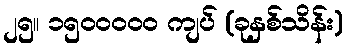
၂၅။ ၁၅၀၀၀၀၀ ကျပ် (ခုနှစ်သိန်း)